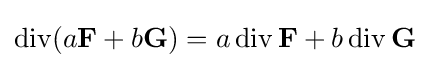
\operatorname {div} (a\mathbf {F} +b\mathbf {G} )=a\operatorname {div} \mathbf {F} +b\operatorname {div} \mathbf {G}